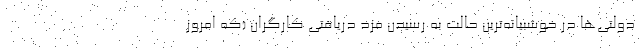
دولتی‌ها در خوشبیانه‌ترین حالت به رسیدن مزد دریافتی کارگران (که امروز